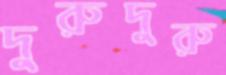
দুরুদুরু